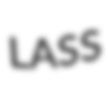
LASS